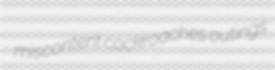
miscontent cockroaches outings